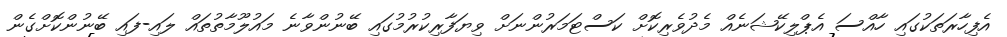
އެފިހާރަތަކުގައި ހާއްސަ އެޕްލިކޭޝަނެއް މެދުވެރިކޮށް ކަސްޓަމަރުންނަށް ވިޔަފާރިކުރުމުގައި ބޭނުންވާނެ މައުލޫމާތުތައް ލައި-ފައި ބޭނުންކޮށްގެން